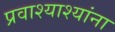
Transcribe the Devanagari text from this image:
प्रवाश्याश्यांना